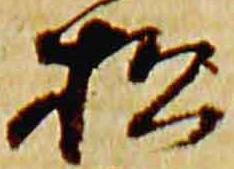
松